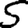
Digit: 5